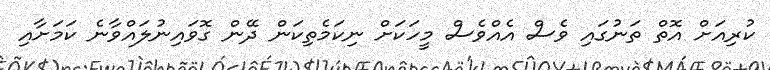
ކުރިއަށް އޮތް ތަނުގައި ވެސް އެއްވެސް މީހަކަށް ނިކަމެތިކަން ދޭން ގޮވައިނުލައްވާނެ ކަމަށާއި